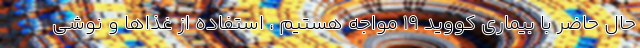
حال حاضر با بیماری کووید ۱۹ مواجه هستیم ، استفاده از غذاها و نوشی